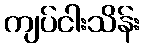
ကျပ်ငါးသိန်း